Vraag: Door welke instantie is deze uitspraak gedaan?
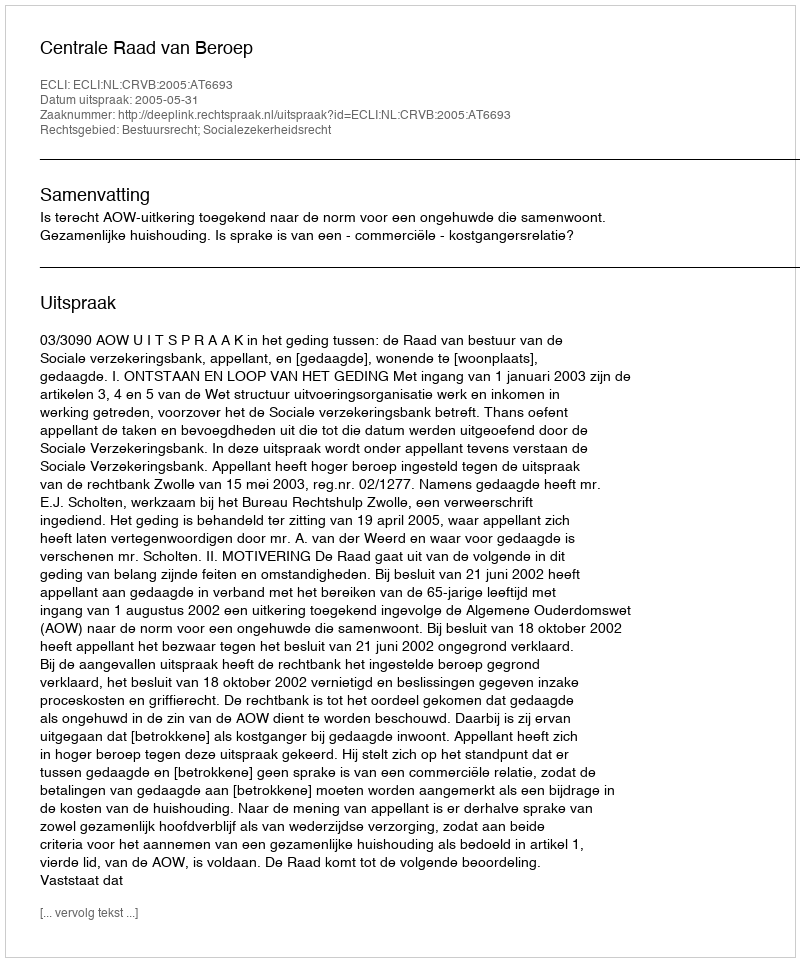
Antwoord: Centrale Raad van Beroep